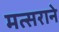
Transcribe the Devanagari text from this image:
मत्सराने